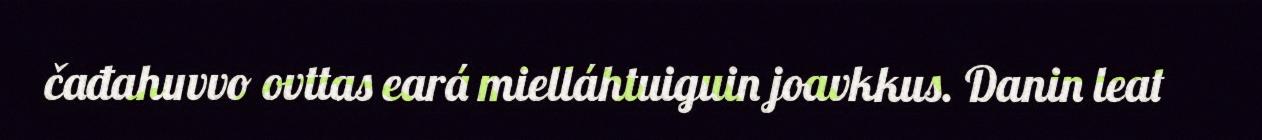
čađahuvvo ovttas eará mielláhtuiguin joavkkus. Danin leat